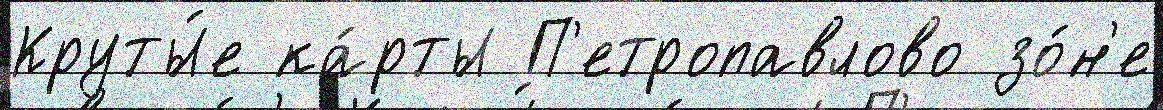
Круты́е ка́рты П'етропавлово зо́н'е